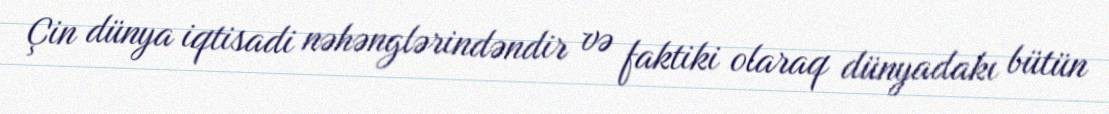
Çin dünya iqtisadi nəhənglərindəndir və faktiki olaraq dünyadakı bütün